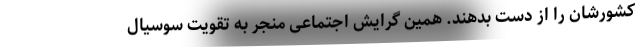
کشورشان را از دست بدهند. همین گرایش اجتماعی منجر به تقویت سوسیال‌